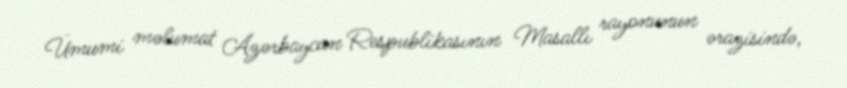
Ümumi məlumat Azərbaycan Respublikasının Masallı rayonunun ərazisində,